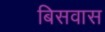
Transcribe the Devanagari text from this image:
बिसवास